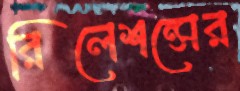
রিলেশন্সের